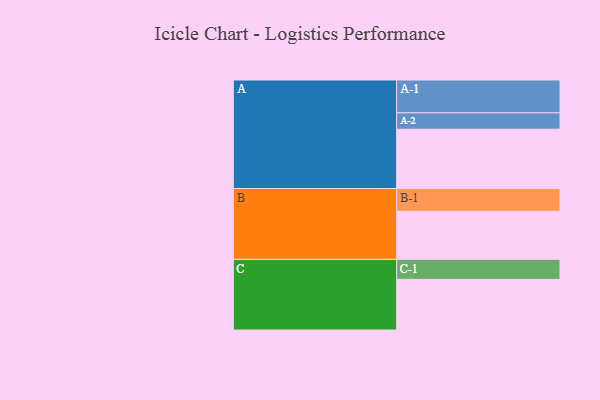
{"axis": {"x": "Segment", "y": "Value"}, "legend": ["", "A", "B", "C"], "data": [{"x": "A", "y": 540, "type": ""}, {"x": "B", "y": 438, "type": ""}, {"x": "C", "y": 461, "type": ""}, {"x": "A-1", "y": 299, "type": "A"}, {"x": "A-2", "y": 149, "type": "A"}, {"x": "B-1", "y": 207, "type": "B"}, {"x": "C-1", "y": 182, "type": "C"}]}